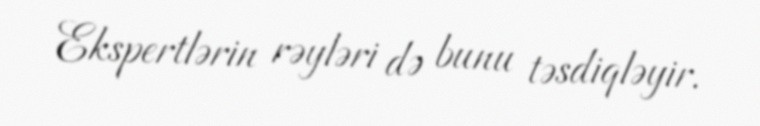
Ekspertlərin rəyləri də bunu təsdiqləyir.